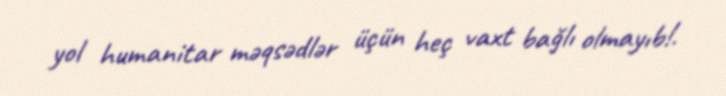
yol humanitar məqsədlər üçün heç vaxt bağlı olmayıb!.